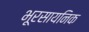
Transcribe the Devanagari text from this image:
भूरसायनिक